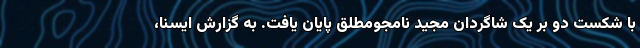
با شکست دو بر یک شاگردان مجید نامجومطلق پایان یافت. به گزارش ایسنا،